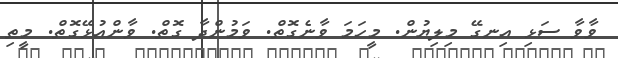
ވާވާ ސަޅި އިނގޭ މިލިޔުން. މީހަމަ ވާނެގޮތް. ވަމުންދާ ގޮތް. ވާންއުޅޭގޮތް. މީތި